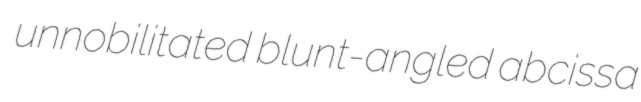
unnobilitated blunt-angled abcissa